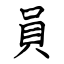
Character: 員